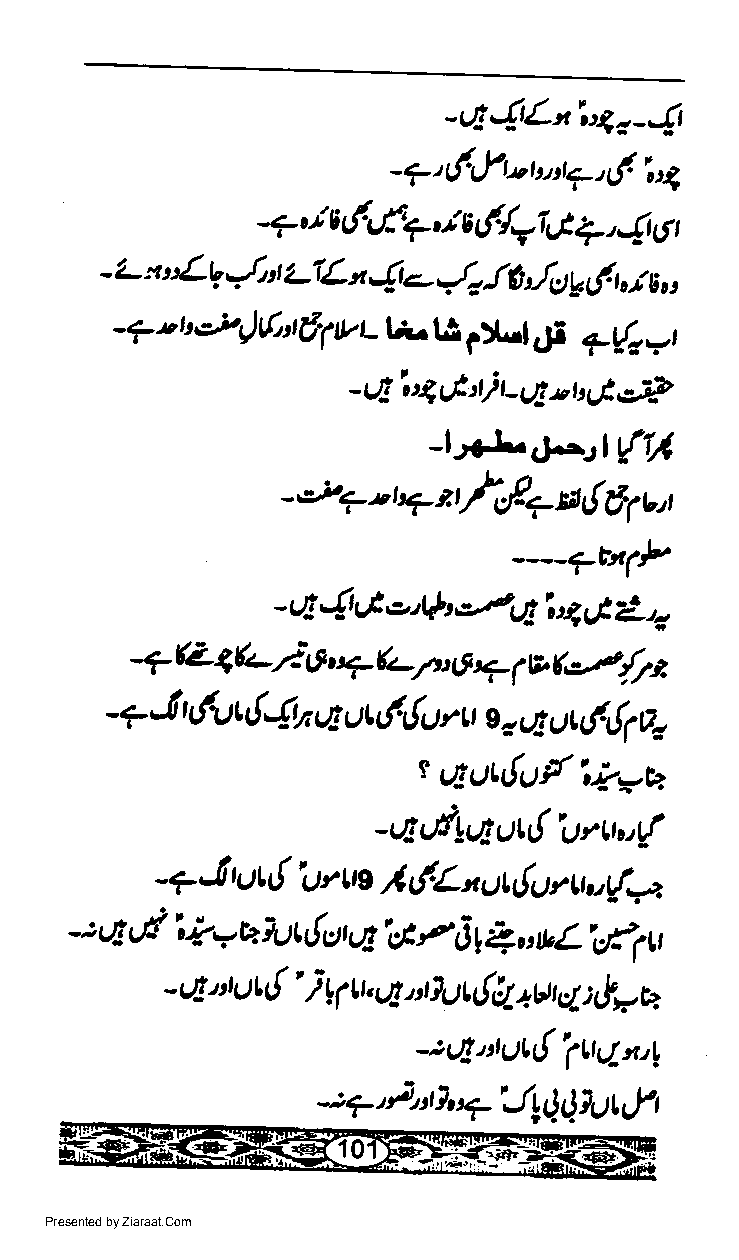
-e-{tLni4o-{t
 ?' dlfu bn4  tf i,
 -           -,
 4,
 -?,.i,tLf-ef+,/Edy'rr6q,46r
 {l
 - L x   J. t LTL t {r<- 1., 16 So p,f u,t u o,
 **)6
 t vul.t
 - 7 - t    t 61 u      s:IA 4i 7(n - t
 - tJg i 4 df i, t - uE - t t Ut.?-?
 't
 _t.+L.J.^Jt{t/
 -,,-7 - t,7 t, /sEa ra { 6r u:,
 ---?rn(P
 - e 4 vt o,er r.zut i 4 G L'.
 -a (Z q(+7J  u7 (tTtt       (d/7t.
 6         ri V E
 S
 (yt{{rn
 -7'h          q ut6{urrt     ut6{lo:
 s : 4
 t
 UtuLLtU/
 ir>_
 =t4
 _qdUAu{Uru.(
 -?-!ut{
 Urue lL/L,tut{uAruure.
 .
 ;   d                  p
 q    i +.r Er ilt {et LE,i 3 I 1 t tuL.ef4 tt
 {'
 - A nut  }   tlq.tfut{tl+gcl :&wE
 11
 ;rlotuL{
 \UL/,uL
 ;7'AtI'aJlQQWt,yt
 Presented by Ziaraat.Com